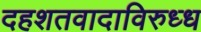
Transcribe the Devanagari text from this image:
दहशतवादाविरुध्ध